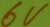
Text: 6V